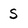
Character: S